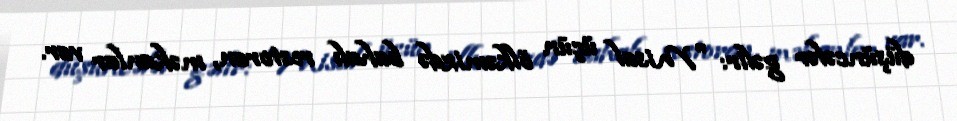
düşüncələr gəlir: "Misal üçün ölkəmizdə bahalı restoran, məkanlar var.